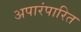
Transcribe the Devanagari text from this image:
अपारंपारित